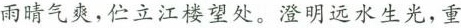
雨晴气爽，伫立江楼望处。澄明远水生光，重